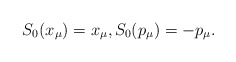
\begin{align*}S_0(x_\mu)=x_\mu,S_0(p_\mu)=-p_\mu.\end{align*}